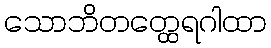
သောဘိတတ္ထေရဂါထာ